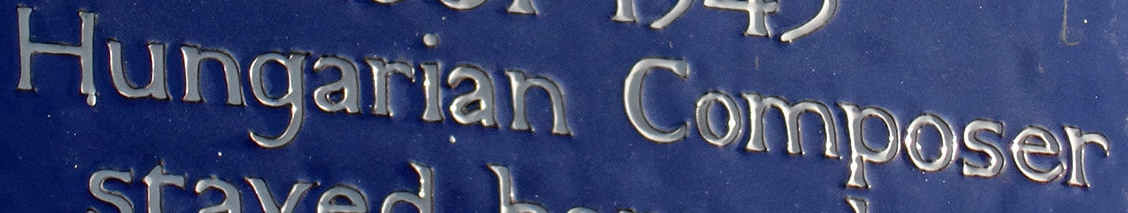
Hungarian Composer